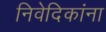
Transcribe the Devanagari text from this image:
निवेदिकांना